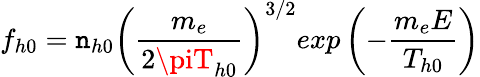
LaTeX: f_{h0}=\mathtt{n}_{h0}\left(\frac{{m_{e}}}{{2\piT_{h0}}}\right)^{3/2}exp\left(-\frac{{m_{e}E}}{{T_{h0}}}\right)